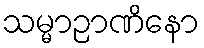
သမ္မာဉာဏိနော